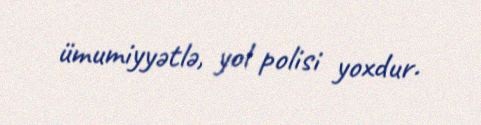
ümumiyyətlə, yol polisi yoxdur.